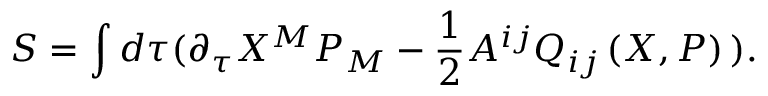
S = \int d \tau ( \partial _ { \tau } X ^ { M } P _ { M } - \frac { 1 } { 2 } A ^ { i j } Q _ { i j } \left( X , P \right) \, ) .